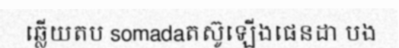
ឆ្លើយតប somadaតស៊ូឡើងផេនដា បង